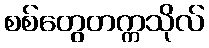
စစ်တွေတက္ကသိုလ်